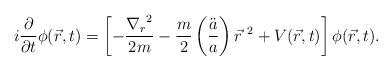
LaTeX: \begin{align*}i \frac{\partial}{\partial t} \phi (\vec r, t) = \left[ - \frac{ {\nabla_r}^2 }{2m} - \frac{m}{2} \left( \frac{\ddot a}{a} \right) {\vec r}^{\ 2} + V( \vec r, t) \right] \phi (\vec r, t).\end{align*}